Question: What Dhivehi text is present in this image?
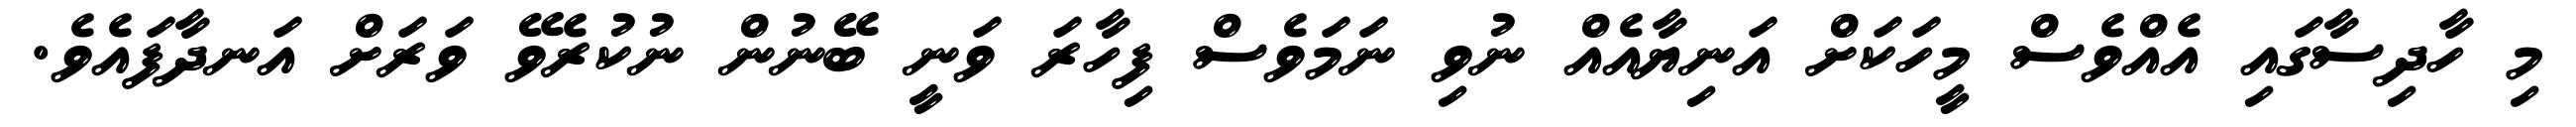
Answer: މި ހާދިސާގައި އެއްވެސް މީހަކަށް އަނިޔާއެއް ނުވި ނަމަވެސް ފިހާރަ ވަނީ ބޭނުން ނުކުރެވޭ ވަރަށް އަނދާފައެވެ.